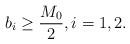
LaTeX: \begin{align*}b_i \geq \frac{M_0}{2}, i=1,2.\end{align*}